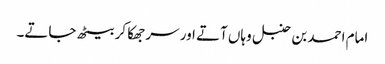
امام احمد بن حنبل وہاں آتے اور سر جھکا کر بیٹھ جاتے۔